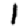
Digit: 1